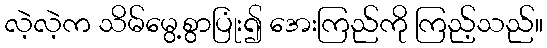
လဲ့လဲ့က သိမ်မွေ့စွာပြုံး၍ အေးကြည်ကို ကြည့်သည်။